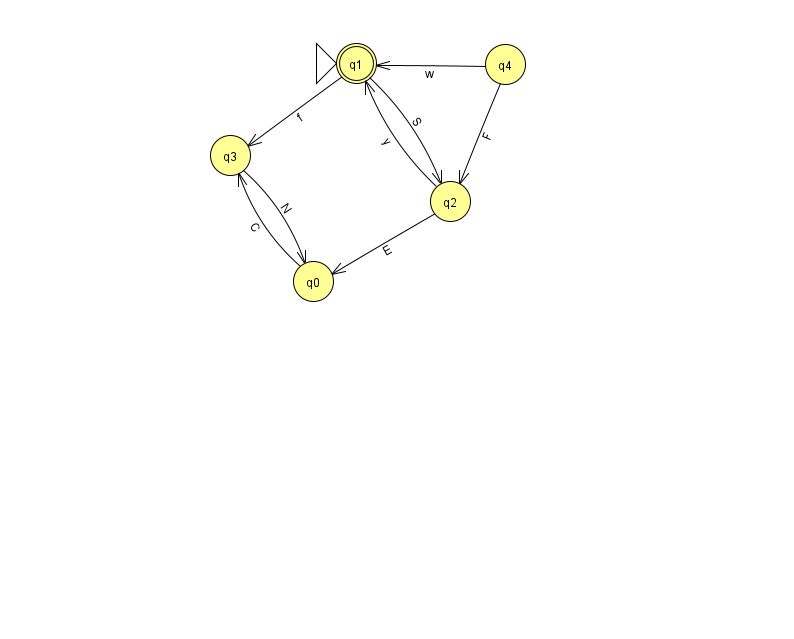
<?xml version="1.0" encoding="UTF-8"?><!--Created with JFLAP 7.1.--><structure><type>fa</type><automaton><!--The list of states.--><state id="0" name="q0"><x>313.0</x><y>268.0</y></state><state id="1" name="q1"><x>356.0</x><y>50.0</y><initial/><final/></state><state id="2" name="q2"><x>450.0</x><y>188.0</y></state><state id="3" name="q3"><x>230.0</x><y>142.0</y></state><state id="4" name="q4"><x>505.0</x><y>51.0</y></state><!--The list of transitions.--><transition><from>1</from><to>2</to><read>S</read></transition><transition><from>4</from><to>2</to><read>F</read></transition><transition><from>0</from><to>3</to><read>C</read></transition><transition><from>4</from><to>1</to><read>w</read></transition><transition><from>3</from><to>0</to><read>N</read></transition><transition><from>2</from><to>1</to><read>y</read></transition><transition><from>2</from><to>0</to><read>E</read></transition><transition><from>1</from><to>3</to><read>f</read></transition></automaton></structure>